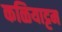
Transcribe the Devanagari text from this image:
कळियाट्टम